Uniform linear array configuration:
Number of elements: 8
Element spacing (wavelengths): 1
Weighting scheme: exponential
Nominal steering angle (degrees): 45
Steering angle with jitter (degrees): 44.659
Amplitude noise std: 0.05
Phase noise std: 0.05

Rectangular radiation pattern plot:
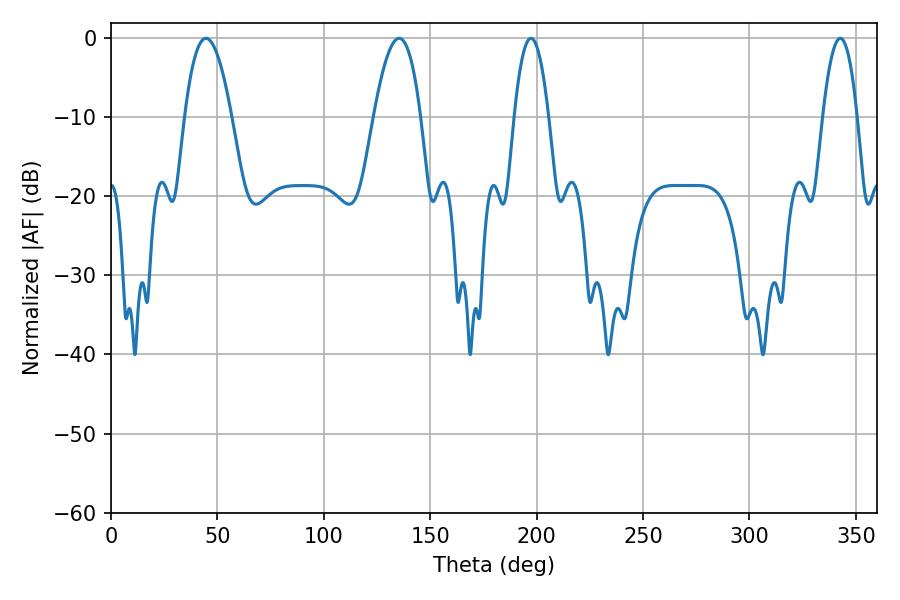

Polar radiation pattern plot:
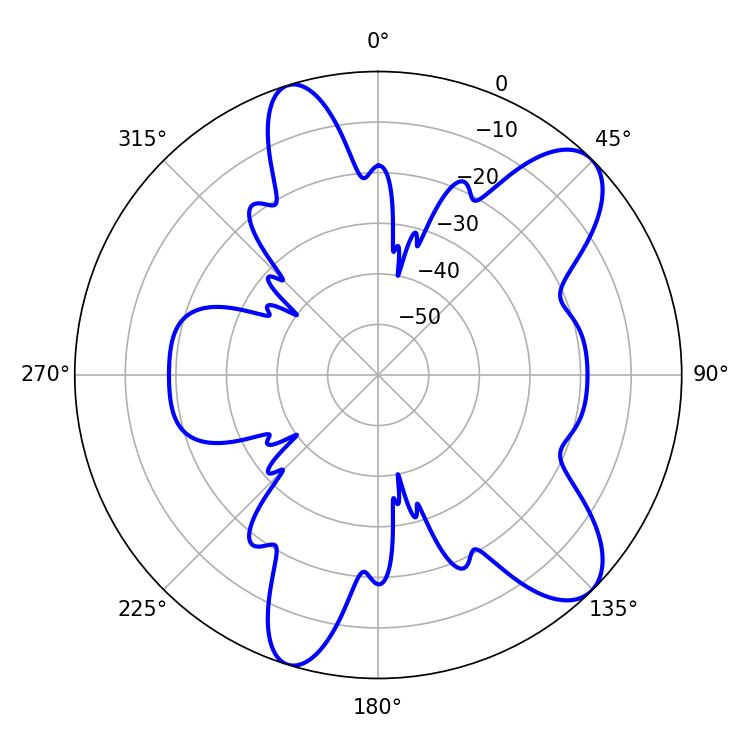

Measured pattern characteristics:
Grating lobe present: TRUE
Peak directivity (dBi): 9.535
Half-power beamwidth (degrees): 12.06
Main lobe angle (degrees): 44.64